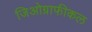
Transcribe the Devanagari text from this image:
जिओग्राफीकल